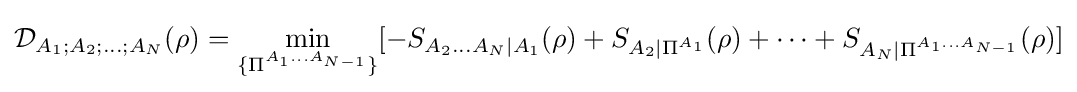
{\mathcal {D}}_{A_{1};A_{2};\dots ;A_{N}}(\rho )=\min _{\{\Pi ^{A_{1}\dots A_{N-1}}\}}[-S_{A_{2}\dots A_{N}|A_{1}}(\rho )+S_{A_{2}|\Pi ^{A_{1}}}(\rho )+\dots +S_{A_{N}|\Pi ^{A_{1}\dots A_{N-1}}}(\rho )]